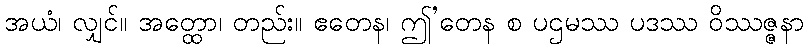
အယံ၊ လျှင်။ အတ္ထော၊ တည်း။ ဧတေန၊ ဤ’တေန စ ပဌမဿ ပဒဿ ဝိဿဇ္ဇနာ